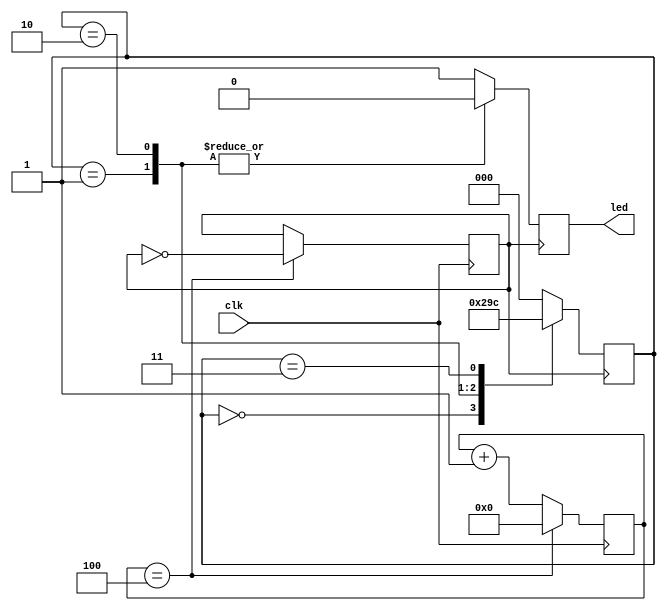
`timescale 1ns / 1ps
//////////////////////////////////////////////////////////////////////////////////
// Company: 
// Engineer: 
// 
// Design Name: 
// Module Name: sequencer
// Project Name: 
// Target Devices: 
// Tool Versions: 
// Description: 
// 
// Dependencies: 
// 
// Revision:
// Revision 0.01 - File Created
// Additional Comments:
// 
//////////////////////////////////////////////////////////////////////////////////

module sequencer(clk, led);
input clk;
output led;
parameter state_A=3'b000,state_B=3'b001,
    state_C=3'b010,state_D=3'b011,state_E=3'b100;
reg [31:0] divclk_cnt = 0;
reg divclk = 0;
reg [2:0] state = state_A;
reg led = 0;

always@(posedge clk) begin
    if(divclk_cnt==4) begin //25000000
        divclk = ~divclk;
        divclk_cnt = 0;
    end
    else begin
        divclk_cnt = divclk_cnt + 1'b1;
    end
end

always@(posedge divclk) begin
    case (state)
        state_A: begin
            state<=state_B;
            led<=1;
        end
        state_B: begin
            state<=state_C;
            led<=0;
        end
        state_C: begin
            state<=state_D;
            led<=0;
        end
        state_D: begin
            state<=state_E;
            led<=1;
        end
        state_E: begin
            state<=state_A;
            led<=1;
        end
        default: begin
            state<=state_A;
            led<=1;
        end
    endcase
end
endmodule